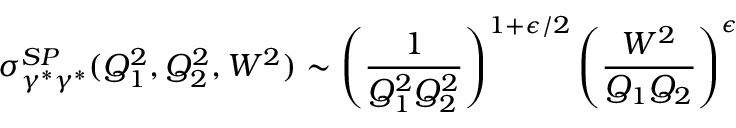
\sigma _ { \gamma ^ { * } \gamma ^ { * } } ^ { S P } ( Q _ { 1 } ^ { 2 } , Q _ { 2 } ^ { 2 } , W ^ { 2 } ) \sim \left( { \frac { 1 } { Q _ { 1 } ^ { 2 } Q _ { 2 } ^ { 2 } } } \right) ^ { 1 + \epsilon / 2 } \left( { \frac { W ^ { 2 } } { Q _ { 1 } Q _ { 2 } } } \right) ^ { \epsilon }